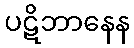
ပဋိဘာနေန